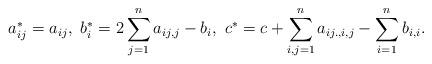
LaTeX: \begin{align*}a^*_{ij}=a_{ij},~b_i^*=2\sum_{j=1}^n a_{ij,j}-b_i,~c^*=c+\sum_{i,j=1}^na_{ij.,i,j}-\sum_{i=1}^nb_{i,i}.\end{align*}